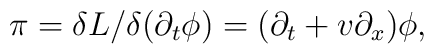
\pi=\delta L/\delta (\partial_t\phi)=(\partial_t +v\partial_x)\phi,